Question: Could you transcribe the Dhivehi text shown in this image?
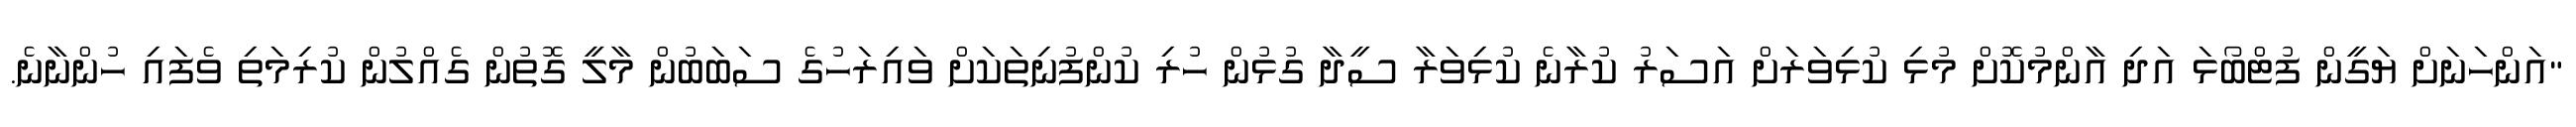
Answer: "އަންހަނަށް ޔަގީން ފުޓްބޯޅަ އަދި އާންމުކޮށް މުޅި ކުޅިވަރަށް އަސަރު ކުރާނެ ކުޅިވަރާ ސީދާ ގުޅުން ހުރި ކުންފުނިތަކަށް ވައިރަހުގެ ސަބަބުން މާލީ ގޮތުން ގެއްލުން ކުރިމަތި ވެފައި ހުންނާނެ.